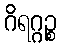
ဂိရဂ္ဂဉ္စ